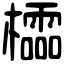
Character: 櫺